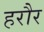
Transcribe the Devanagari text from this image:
हरौर